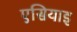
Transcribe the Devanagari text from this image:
एसियाइ